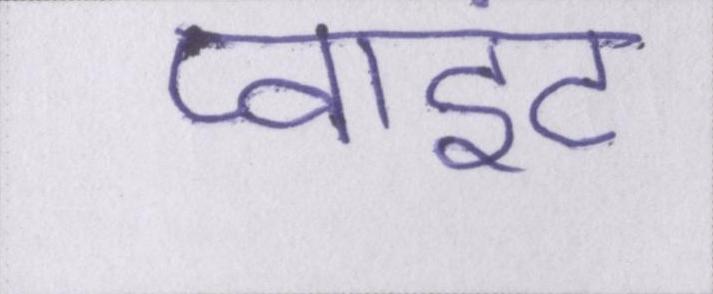
प्वाइंट